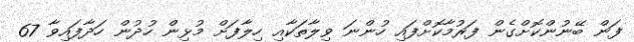
ފަން ބޭނުންކޮށްގެން ފަރުމާކޮށްފައި ހުންނަ ވިލާތަކާއި ހިލާފަށް މުޅިން ހުދުން ހަދާފައިވާ 67